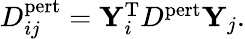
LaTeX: \begin{array}{r}{D_{ij}^{\mathrm{pert}}=\mathbf{Y}_{i}^{\mathrm{T}}D^{\mathrm{pert}}\mathbf{Y}_{j}.}\end{array}